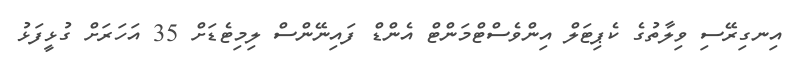
އިނގިރޭސި ވިލާތުގެ ކެޕިޓަލް އިންވެސްޓްމަންޓް އެންޑް ފައިނޭންސް ލިމިޓެޑަށް 35 އަހަރަށް ގުޅީފަޅު